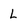
Character: L